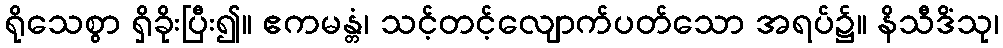
ရိုသေစွာ ရှိခိုးပြီး၍။ ဧကမန္တံ၊ သင့်တင့်လျောက်ပတ်သော အရပ်၌။ နိသီဒိံသု၊